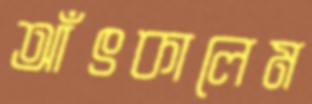
আঁৎকালেম